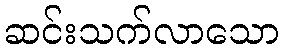
ဆင်းသက်လာသော